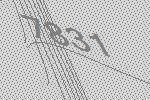
7831